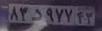
۸۳د۹۷۷۴۳